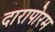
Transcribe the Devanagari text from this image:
दारापोरम